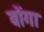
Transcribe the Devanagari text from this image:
वोंगा